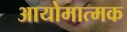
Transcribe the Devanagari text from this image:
आयोमात्मक